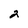
Character: 2